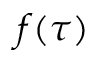
f ( \tau )